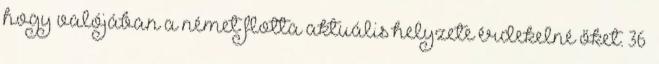
hogy valójában a német flotta aktuális helyzete érdekelné őket. 36